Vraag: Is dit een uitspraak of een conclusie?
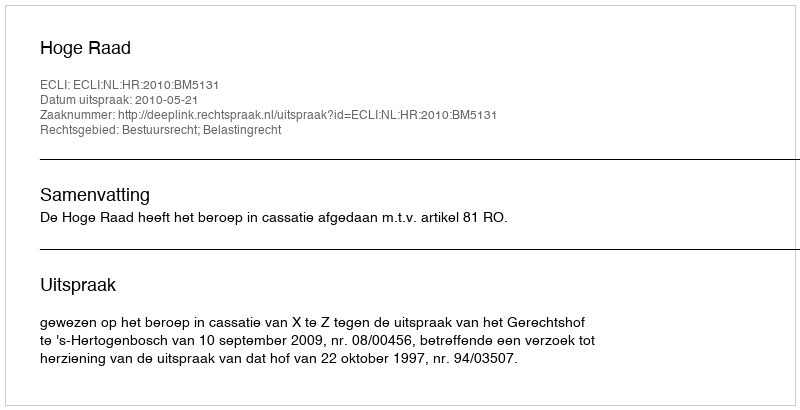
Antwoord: Uitspraak